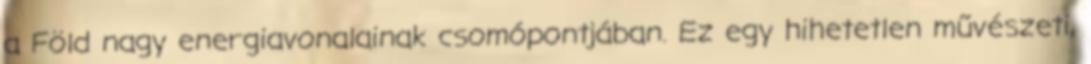
a Föld nagy energiavonalainak csomópontjában. Ez egy hihetetlen művészeti,